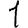
Digit: 1